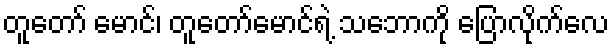
တူတော် မောင်၊ တူတော်မောင်ရဲ့ သဘောကို ပြောလိုက်လေ